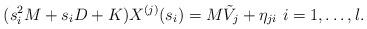
LaTeX: \begin{align*}(s_{i}^{2}M+s_{i}D+K) X^{(j)}(s_{i})= M\tilde{V}_{j}+\eta_{ji} \ i = 1,\ldots,l.\end{align*}